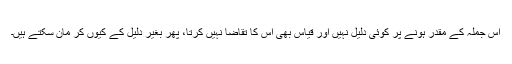
اس جملہ کے مقدر ہونے پر کوئی دلیل نہیں اور قیاس بھی اس کا تقاضا نہیں کرتا، پھر بغیر دلیل کے کیوں کر مان سکتے ہیں۔